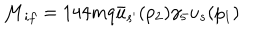
LaTeX: { \cal { M } } _ { i f } = 1 4 4 m q \bar { u } _ { s ^ { \prime } } ( p _ { 2 } ) \gamma _ { 5 } u _ { s } ( p _ { 1 } )